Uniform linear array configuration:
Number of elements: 48
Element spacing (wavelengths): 0.25
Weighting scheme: blackman
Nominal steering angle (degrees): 30
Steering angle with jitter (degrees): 30.534
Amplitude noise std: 0.05
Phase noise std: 0.05

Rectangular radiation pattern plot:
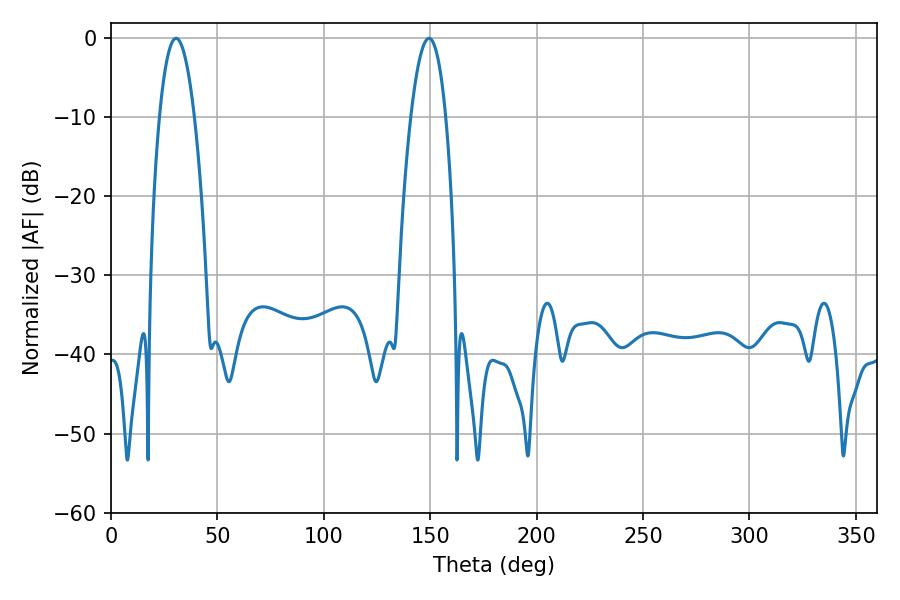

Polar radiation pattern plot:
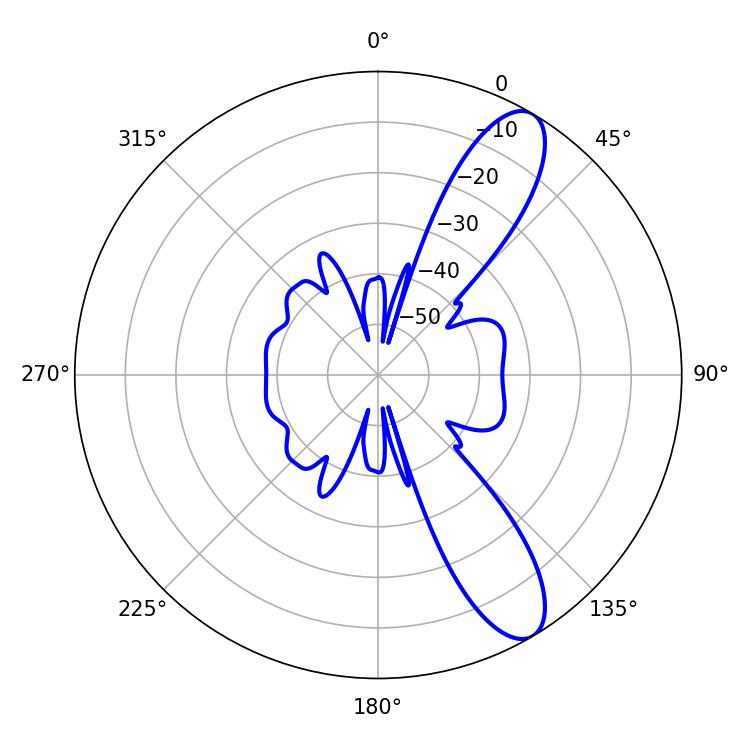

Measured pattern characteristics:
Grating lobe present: FALSE
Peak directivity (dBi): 10.616
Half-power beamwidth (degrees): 9.18
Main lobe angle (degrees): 30.6